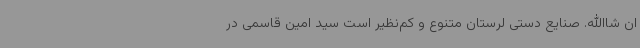
ان شاالله. صنایع دستی لرستان متنوع و کم‌نظیر است سید امین قاسمی در